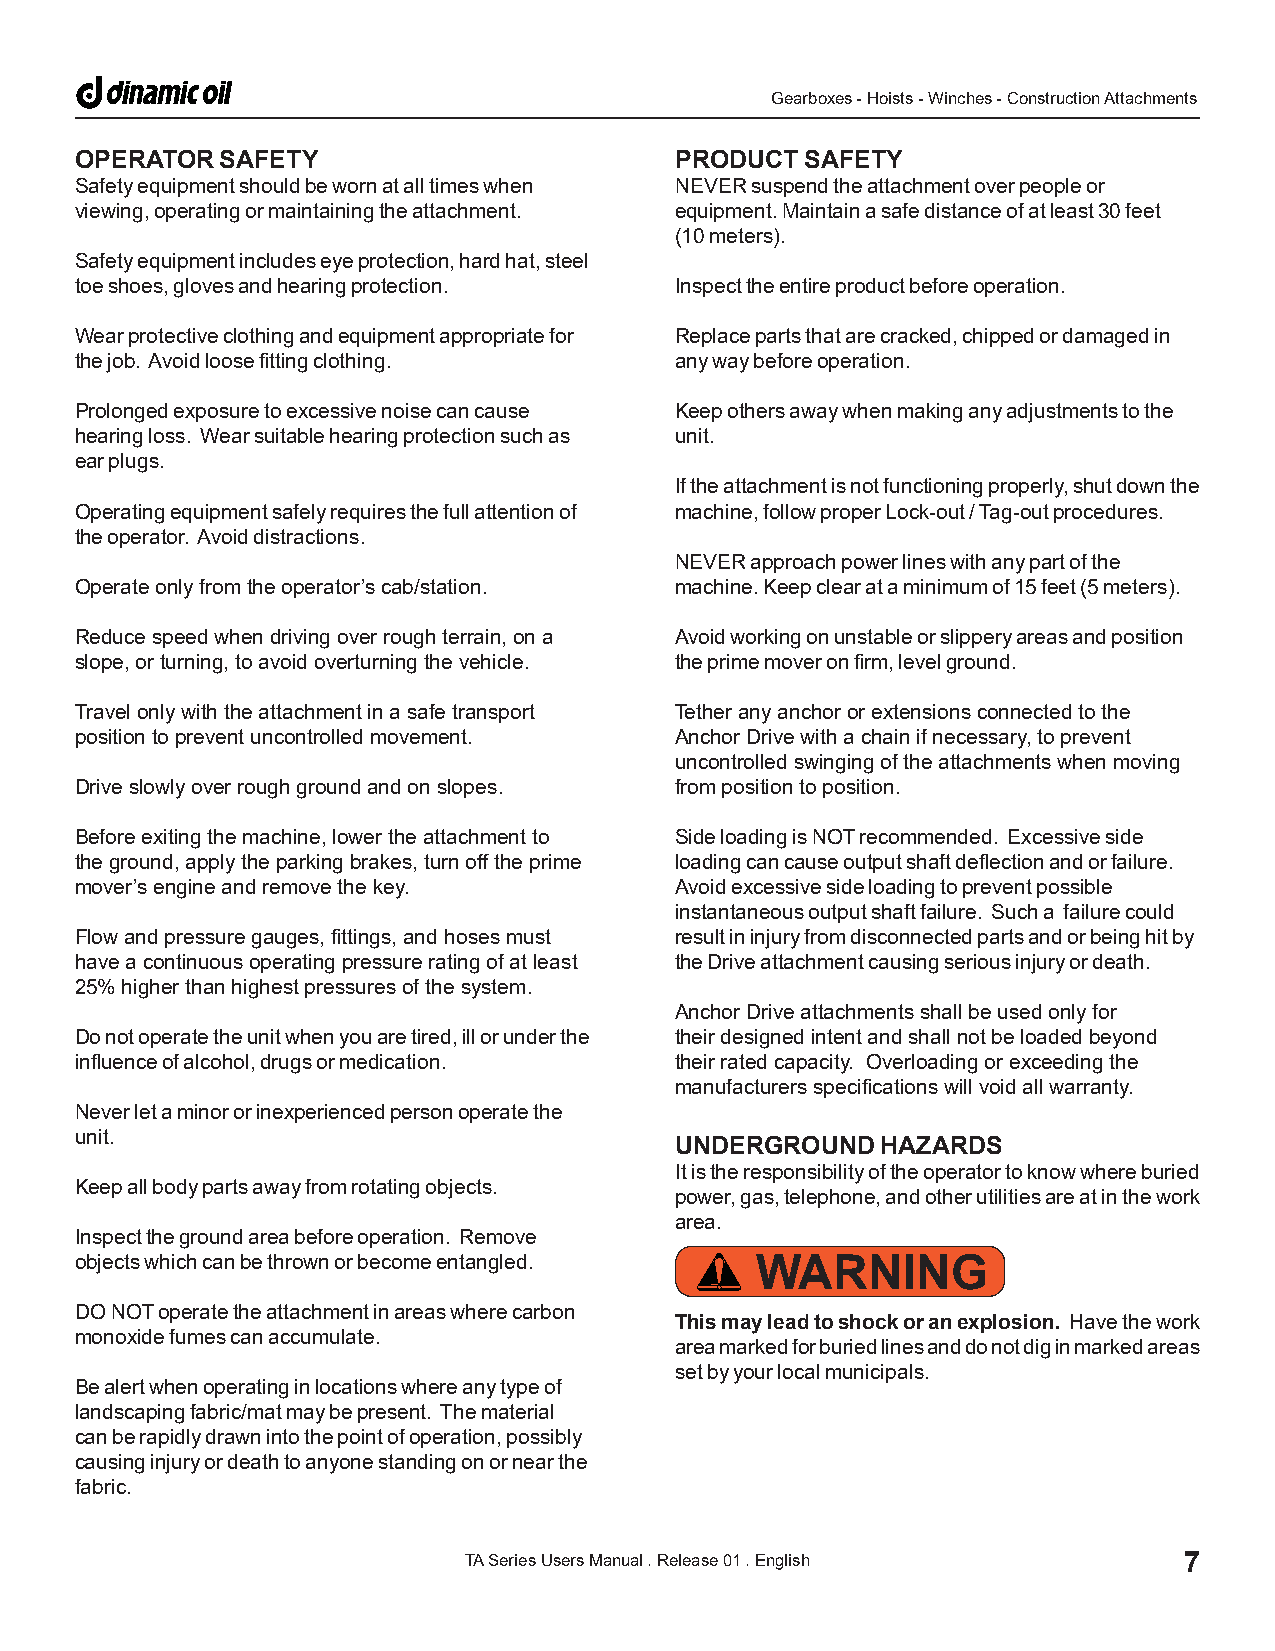
Gearboxes - Hoists - Winches - Construction Attachments
 OPERATOR  SAFETY                        PRODUCT SAFETY
 Safety equipment should be worn at all times when NEVER suspend the attachment over people or
 viewing, operating or maintaining the attachment. equipment. Maintain a safe distance of at least 30 feet
 (10 meters).
 Safety equipment includes eye protection, hard hat, steel
 toe shoes, gloves and hearing protection. Inspect the entire product before operation.
 Wear protective clothing and equipment appropriate for Replace parts that are cracked, chipped or damaged in
 the job. Avoid loose fitting clothing.  any way before operation.
 Prolonged exposure to excessive noise can cause Keep others away when making any adjustments to the
 hearing loss. Wear suitable hearing protection such as unit.
 ear plugs.
 If the attachment is not functioning properly, shut down the
 Operating equipment safely requires the full attention of machine, follow proper Lock-out / Tag-out procedures.
 the operator. Avoid distractions.
 NEVER approach power lines with any part of the
 Operate only from the operator’s cab/station. machine. Keep clear at a minimum of 15 feet (5 meters).
 Reduce speed when driving over rough terrain, on a Avoid working on unstable or slippery areas and position
 slope, or turning, to avoid overturning the vehicle. the prime mover on firm, level ground.
 Travel only with the attachment in a safe transport Tether any anchor or extensions connected to the
 position to prevent uncontrolled movement. Anchor Drive with a chain if necessary, to prevent
 uncontrolled swinging of the attachments when moving
 Drive slowly over rough ground and on slopes. from position to position.
 Before exiting the machine, lower the attachment to Side loading is NOT recommended. Excessive side
 the ground, apply the parking brakes, turn off the prime loading can cause output shaft deflection and or failure.
 mover’s engine and remove the key.      Avoid excessive side loading to prevent possible
 instantaneous output shaft failure. Such a failure could
 Flow and pressure gauges, fittings, and hoses must result in injury from disconnected parts and or being hit by
 have a continuous operating pressure rating of at least the Drive attachment causing serious injury or death.
 25% higher than highest pressures of the system.
 Anchor Drive attachments shall be used only for
 Do not operate the unit when you are tired, ill or under the their designed intent and shall not be loaded beyond
 influence of alcohol, drugs or medication. their rated capacity. Overloading or exceeding the
 manufacturers specifications will void all warranty.
 Never let a minor or inexperienced person operate the
 unit.
 UNDERGROUND  HAZARDS
 It is the responsibility of the operator to know where buried
 Keep all body parts away from rotating objects.
 power, gas, telephone, and other utilities are at in the work
 area.
 Inspect the ground area before operation. Remove
 objects which can be thrown or become entangled. WARNING
 DO NOT operate the attachment in areas where carbon
 This may lead to shock or an explosion. Have the work
 monoxide fumes can accumulate.
 area marked for buried lines and do not dig in marked areas
 set by your local municipals.
 Be alert when operating in locations where any type of
 landscaping fabric/mat may be present. The material
 can be rapidly drawn into the point of operation, possibly
 causing injury or death to anyone standing on or near the
 fabric.
 TA Series Users Manual . Release 01 . English  7